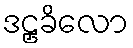
ဒဠှခိလော